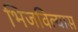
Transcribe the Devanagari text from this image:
भिजविल्यास